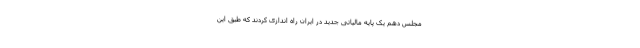
مجلس دهم یک پایه مالیاتی جدید در ایران راه اندازی کردند که طبق این